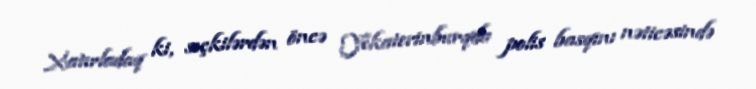
Xatırladaq ki, seçkilərdən öncə Yekaterinburqda polis basqını nəticəsində